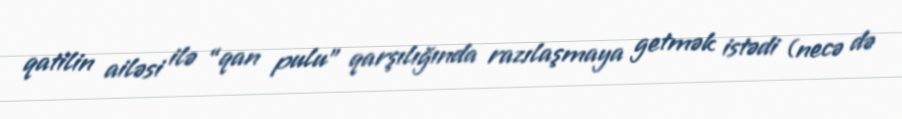
qatilin ailəsi ilə “qan pulu” qarşılığında razılaşmaya getmək istədi (necə də